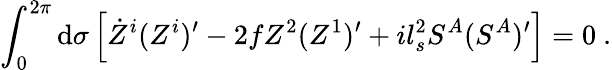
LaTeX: \int_{0}^{2\pi}\mathrm{d}\sigma\left[\dot{{Z}}^{i}(Z^{i})^{\prime}-2fZ^{2}(Z^{1})^{\prime}+il_{s}^{2}S^{A}(S^{A})^{\prime}\right]=0~.